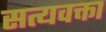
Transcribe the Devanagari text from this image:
सत्यवक्ता